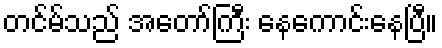
တင်မ်သည် အတော်ကြီး နေကောင်းနေပြီ။